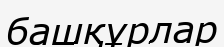
башқұрлар